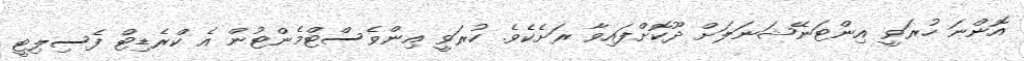
އޮންނަ ހުރަވީ އިންޓަނޭޝަނަލަށް ދޫކޮށްފައިވާ ރަށެކެވެ. ހުރަވީ އިންވެސްޓްމެންޓުން އެ ކްރެޑިޓް ފެސިލިޓީ